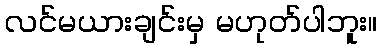
လင်မယားချင်းမှ မဟုတ်ပါဘူး။